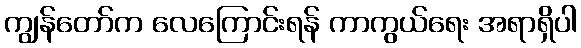
ကျွန်တော်က လေကြောင်းရန် ကာကွယ်ရေး အရာရှိပါ